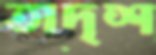
তাদৃশ